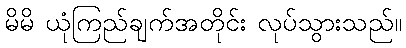
မိမိ ယုံကြည်ချက်အတိုင်း လုပ်သွားသည်။